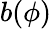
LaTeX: b(\phi)